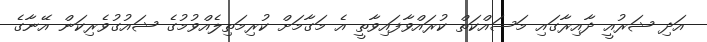
އަދި ޝަރުއީ ދާއިރާގައި މަސައްކަތް ކުރައްވާފައިވާތީ އެ މަގާމަށް ކުރިމަތިލެއްވުމުގެ ޝައުގުވެރިކަން އޭނާގެ